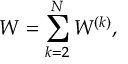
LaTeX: W = \sum _ { k = 2 } ^ { N } W ^ { ( k ) } ,